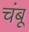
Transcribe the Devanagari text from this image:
चंबू